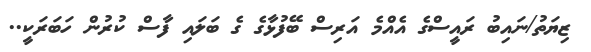
ޒިޔަތު/ނައިބު ރައީސްގެ އެއްމެ އަރިސް ބޭފުޅާގެ ގެ ބަލައި ފާސް ކުރުން ހަބަރަކީ..